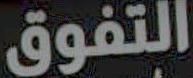
التفوق